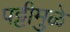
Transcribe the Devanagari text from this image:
पट्टीमुळे